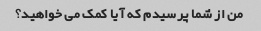
من از شما پرسیدم که آیا کمک می خواهید؟